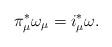
LaTeX: \begin{align*}\pi_\mu^\ast \omega_\mu=i_\mu^\ast\omega. \end{align*}